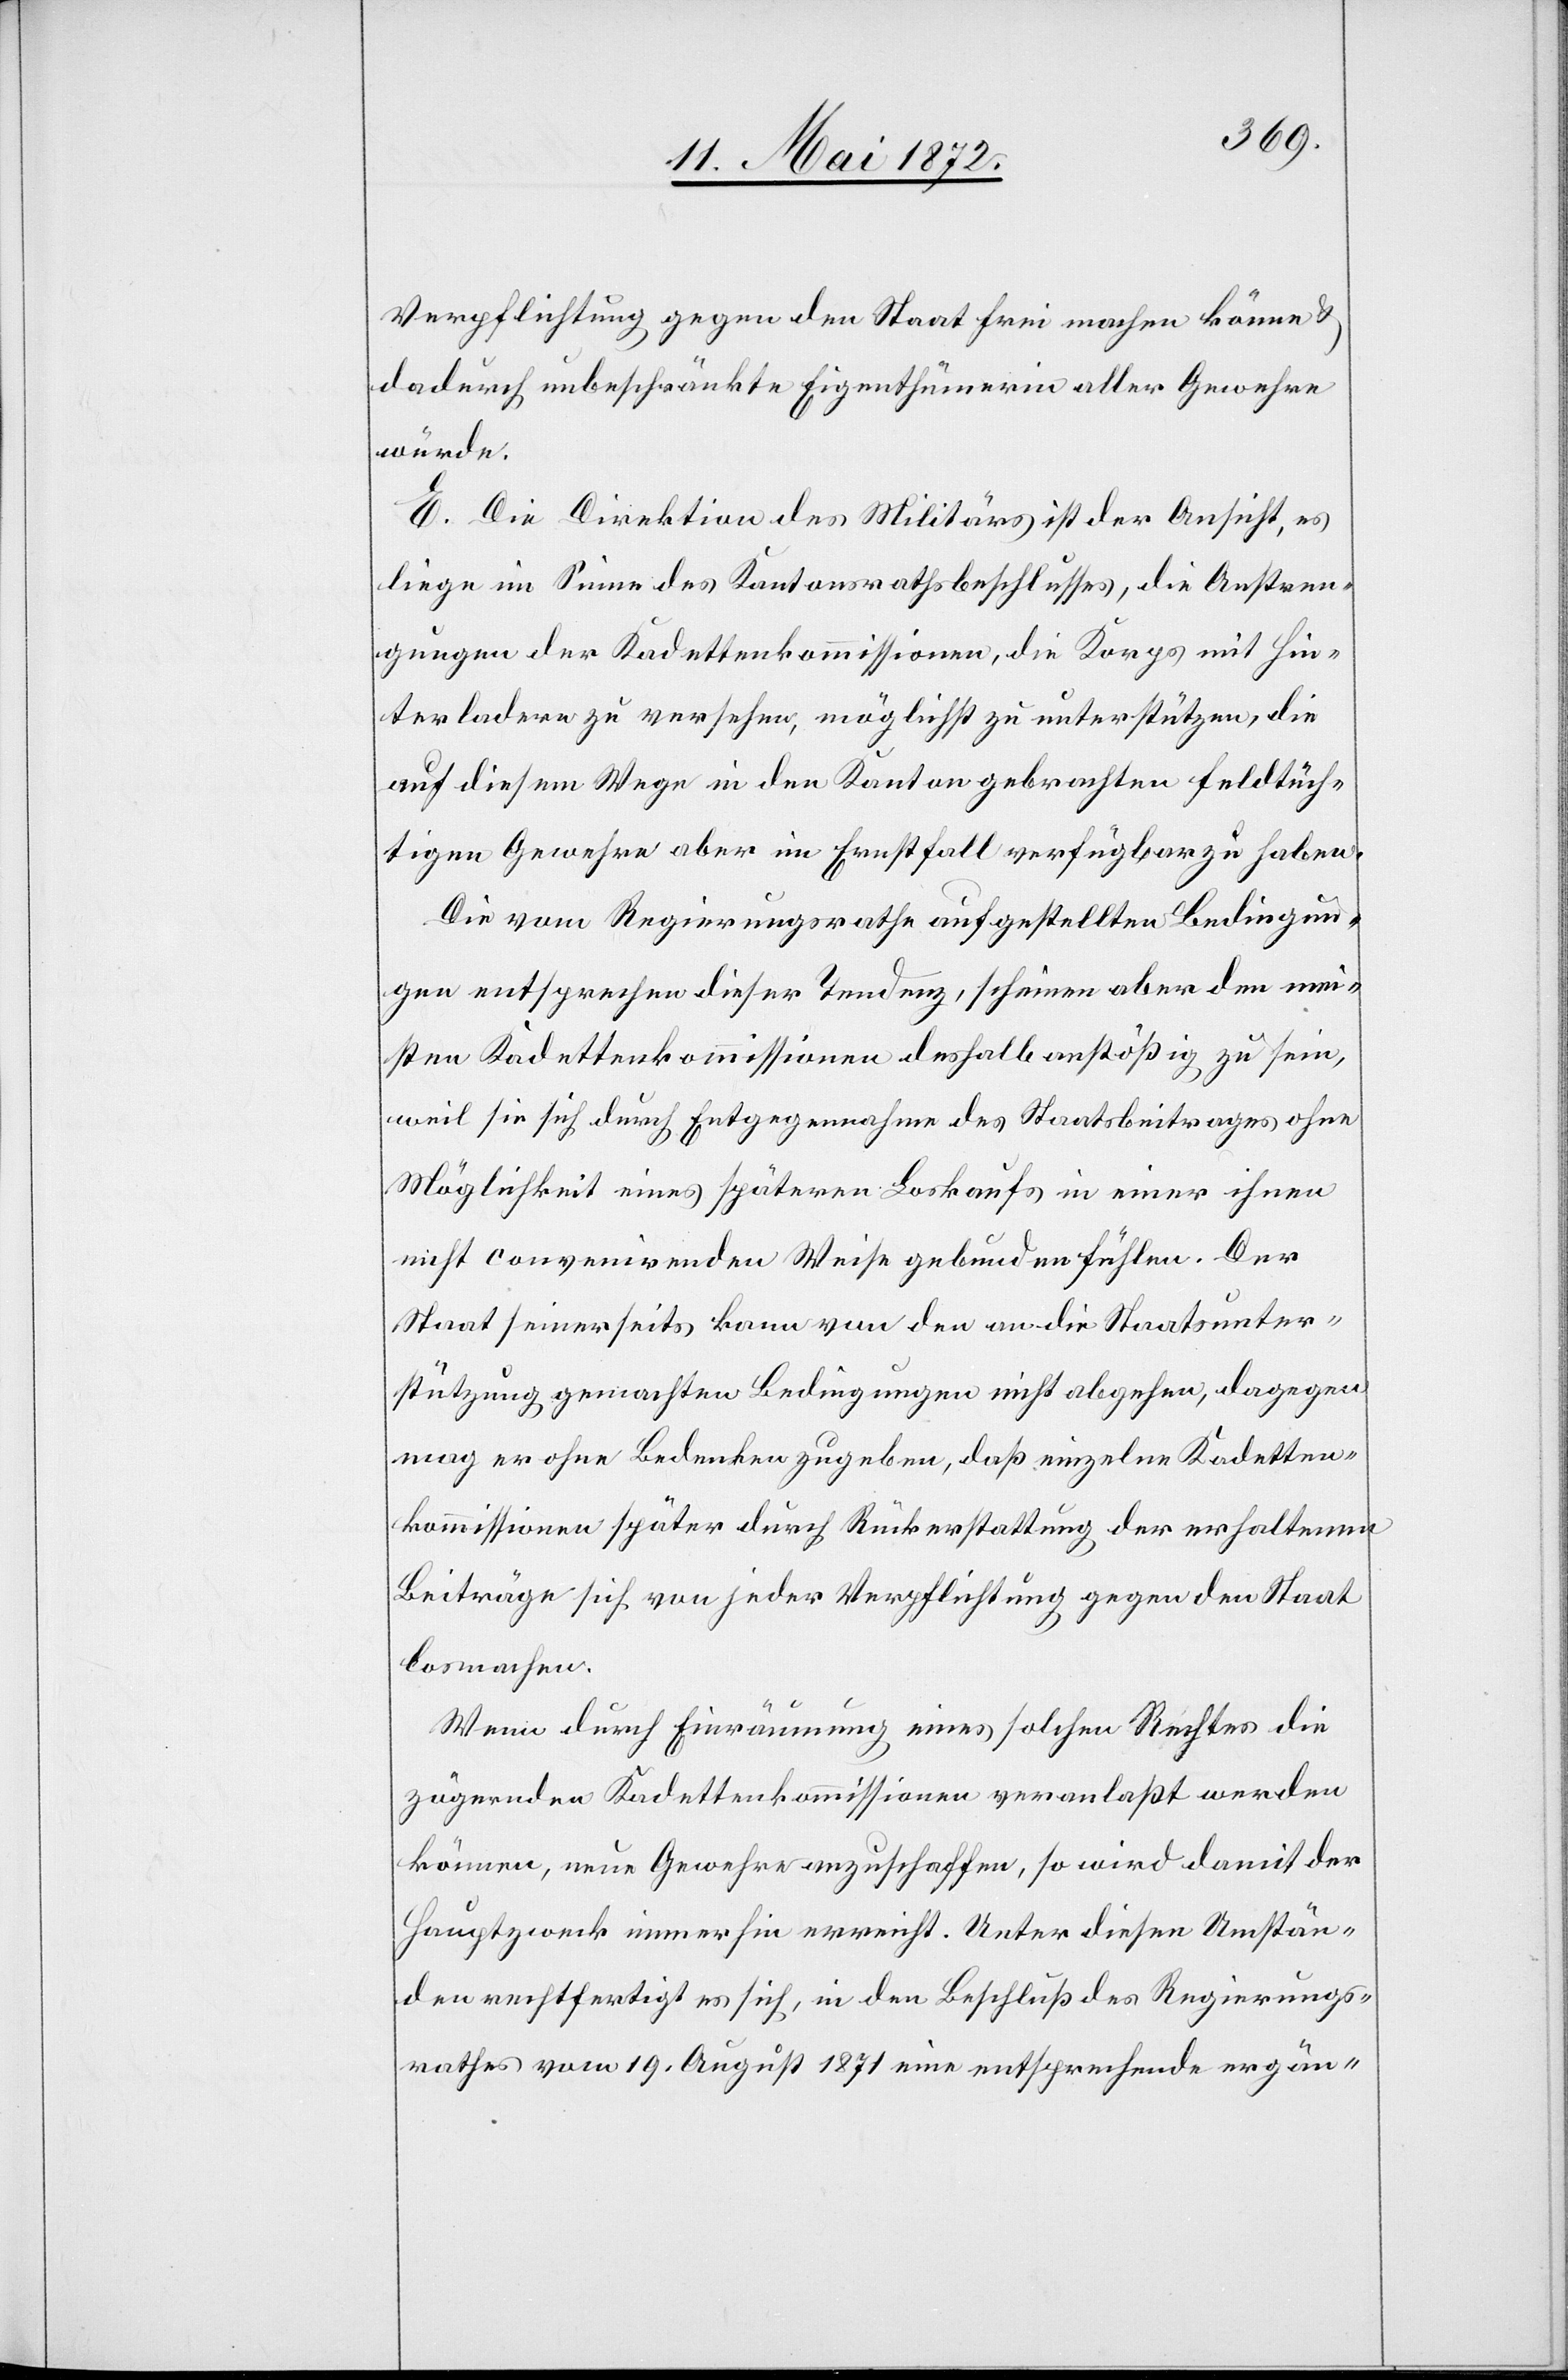
Verpflichtung gegen den Staat frei machen könne u.
dadurch unbeschränkte Eigenthümerin aller Gewehre
würde.
E. Die Direktion des Militärs ist der Ansicht, es
liege im Sinne des Kantonsrathsbeschlusses, die Anstren¬
gungen der Kadettenkommissionen, die Korps mit Hin¬
terladern zu versehen, möglichst zu unterstützen, die
auf diesem Wege in den Kanton gebrachten feldtüch¬
tigen Gewehre aber im Ernstfall verfügbar zu haben.
Die vom Regierungsrathe aufgestellten Bedingun¬
gen entsprechen dieser Tendenz, scheinen aber den mei¬
sten Kadettenkommissionen deshalb anstößig zu sein,
weil sie sich durch Entgegennahme des Staatsbeitrages ohne
Möglichkeit eines späteren Loskaufs in einer ihnen
nicht convenirenden Weise gebunden fühlen. Der
Staat seinerseits kann von den an die Staatsunter¬
stützung gemachten Bedingungen nicht abgehen, dagegen
mag er ohne Bedenken zugeben, daß einzelne Kadetten¬
kommissionen später durch Rückerstattung der erhaltenen
Beiträge sich von jeder Verpflichtung gegen den Staat
losmachen.
Wenn durch Einräumung eines solchen Rechtes die
zögernden Kadettenkommissionen veranlaßt werden
können, neue Gewehre anzuschaffen, so wird damit der
Hauptzweck immerhin erreicht. Unter diesen Umstän¬
den rechtfertigt es sich, in den Beschluß des Regierungs¬
rathes vom 19. April 1871 eine entsprechende ergän-